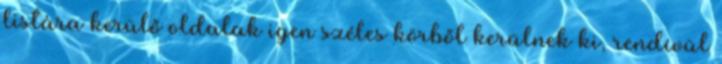
listára kerülő oldalak igen széles körből kerülnek ki, rendívül